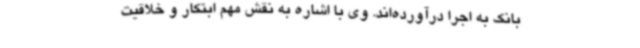
بانک به اجرا درآورده‌اند. وی با اشاره به نقش مهم ابتکار و خلاقیت